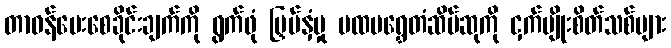
တာဝန်ပေးစေခိုင်းချက်ကို ရွက်ဖုံ မြှပ်နှံမှု ပထမရွှေတံဆိပ်ဆုကို ငှက်မျိုးစိတ်သစ်များ